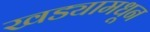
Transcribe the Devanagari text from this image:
खड्यामधून